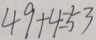
4 9 + 4 = 5 3